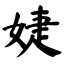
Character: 婕